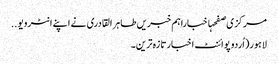
مرکزی صفحہاخباراہم خبریں طاہر القادری نے اپنے انٹرویو ..
لاہور(اُردو پوائنٹ اخبارتازہ ترین۔